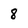
Character: 8